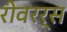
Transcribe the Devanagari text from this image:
रीवरर्स